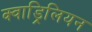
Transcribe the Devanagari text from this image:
क्वाड्रिलियन